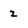
Character: 2